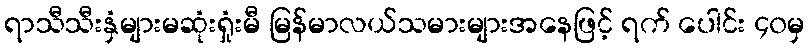
ရာသီသီးနှံများမဆုံးရှုံးမီ မြန်မာလယ်သမားများအနေဖြင့် ရက် ပေါင်း ၄၀မှ